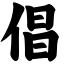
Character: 倡